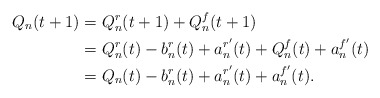
\begin{align*} Q_n(t+1) & = Q_n^r(t+1) + Q_n^f(t+1) \\ & = Q_n^r(t) - b_n^r(t) + a_n^{r'}(t) + Q_n^f(t) + a_n^{f'}(t) \\ & = Q_n(t) - b_n^r(t) + a_n^{r'}(t) + a_n^{f'}(t).\end{align*}